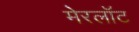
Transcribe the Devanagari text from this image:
मेरलॉट